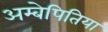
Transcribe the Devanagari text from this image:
अम्बेपितिया